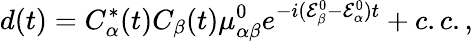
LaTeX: d(t)=C_{\alpha}^{\ast}(t)C_{\beta}(t)\mu_{\alpha\beta}^{0}e^{-i(\mathcal{E}_{\beta}^{0}-\mathcal{E}_{\alpha}^{0})t}+c.c.,